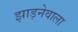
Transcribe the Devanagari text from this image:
झाड़नेवाला